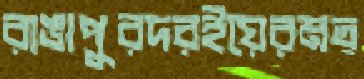
রাঙাপুরদরইয়েরমত্